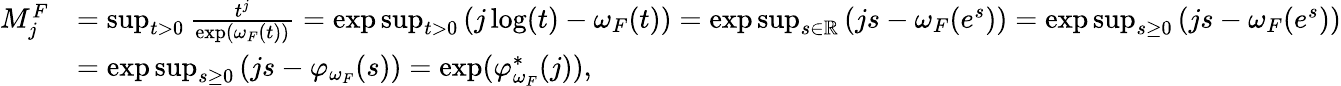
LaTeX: \begin{array}{rl}{M_{j}^{F}}&{=\operatorname*{sup}_{t>0}\frac{t^{j}}{\exp(\omega_{F}(t))}=\exp\operatorname*{sup}_{t>0}\left(j\log(t)-\omega_{F}(t)\right)=\exp\operatorname*{sup}_{s\in\mathbb{R}}\left(js-\omega_{F}(e^{s})\right)=\exp\operatorname*{sup}_{s\ge 0}\left(js-\omega_{F}(e^{s})\right)}\\ &{=\exp\operatorname*{sup}_{s\ge 0}\left(js-\varphi_{\omega_{F}}(s)\right)=\exp(\varphi_{\omega_{F}}^{*}(j)),}\end{array}